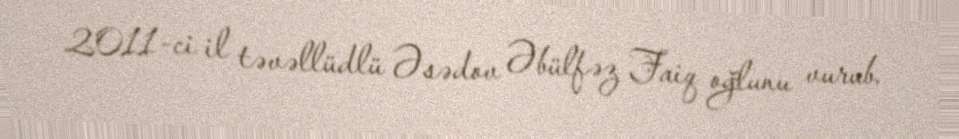
2011-ci il təvəllüdlü Əsədov Əbülfəz Faiq oğlunu vurub.